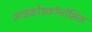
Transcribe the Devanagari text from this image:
माइक्रोइकॉनॉमिक